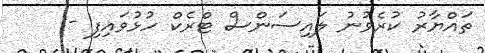
ތައްޔާރު ކުރެވުނު ލައިސަންސް ޓްރެކް ހުޅުވައިފި -